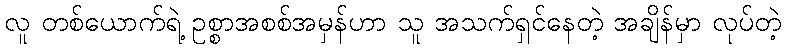
လူ တစ်ယောက်ရဲ့ ဥစ္စာအစစ်အမှန်ဟာ သူ အသက်ရှင်နေတဲ့ အချိန်မှာ လုပ်တဲ့